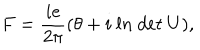
F = \frac { i e } { 2 \pi } ( \theta + i \ l n \ d e t \ U ) ,